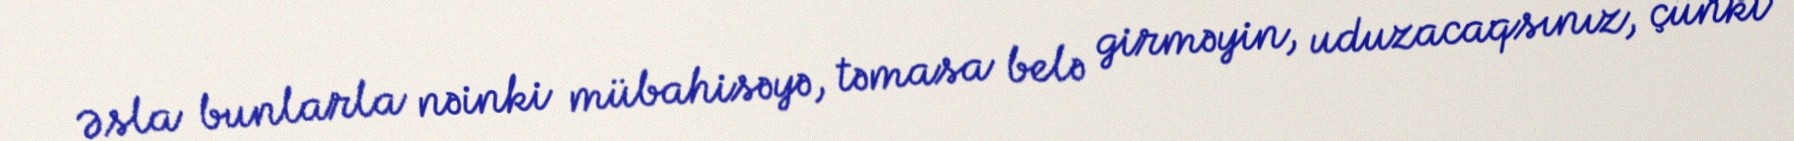
Əsla bunlarla nəinki mübahisəyə, təmasa belə girməyin, uduzacaqsınız, çünki